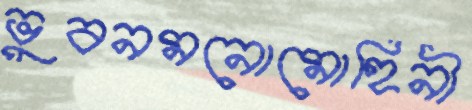
ভুবনমনোমোহিনী